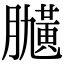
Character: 𦡽